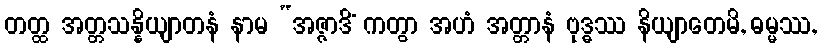
တတ္ထ အတ္တသန္နိယျာတနံ နာမ “အဇ္ဇာဒိံ ကတွာ အဟံ အတ္တာနံ ဗုဒ္ဓဿ နိယျာတေမိ, ဓမ္မဿ,